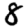
Digit: 8